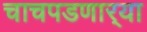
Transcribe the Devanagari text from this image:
चाचपडणार्‍या